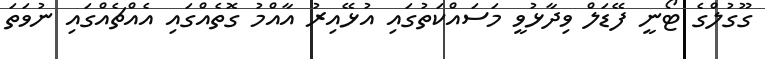
ގޫގުލްގެ ޓޯނީ ފޭޑަލް ވިދާޅުވީ މަސައްކަތުގައި އުޅޭއިރު އާއްމު ގޮތެއްގައި އެއްޗެއްގައި ނުވަތަ